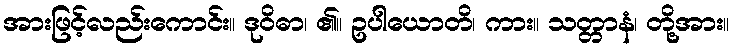
အားဖြင့်လည်းကောင်း။ ဒုဝိဓာ၊ ၏။ ဥပါယောတိ၊ ကား။ သတ္တာနံ၊ တို့အား။